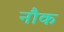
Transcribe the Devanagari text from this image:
नौक